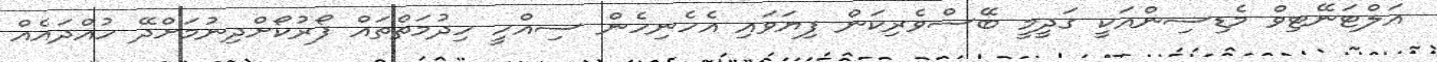
އަލްޓަނޭޓިވް މެޑިސިންއަކީ ގަދީމީ ބޭސްވެރިކަން ފިޔަވައި އެހެނިހެން ސިއްހީ ހިދުމަތްތައް ފޯރުކޯށްދިނުމަށްދޭ ހުއްދައެއް